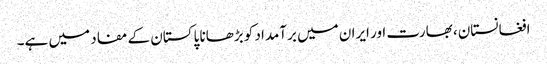
افغانستان، بھارت اور ایران میں برآمداد کو بڑھانا پاکستان کے مفاد میں ہے۔